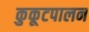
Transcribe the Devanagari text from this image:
कुकूटपालन